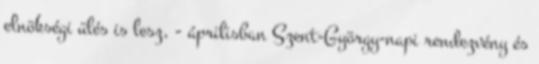
elnökségi ülés is lesz, - áprilisban Szent-György-napi rendezvény és